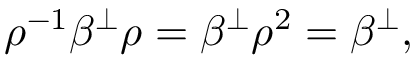
\rho ^ { - 1 } \beta ^ { \perp } \rho = \beta ^ { \perp } \rho ^ { 2 } = \beta ^ { \perp } ,